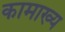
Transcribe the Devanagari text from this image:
कामाख्य